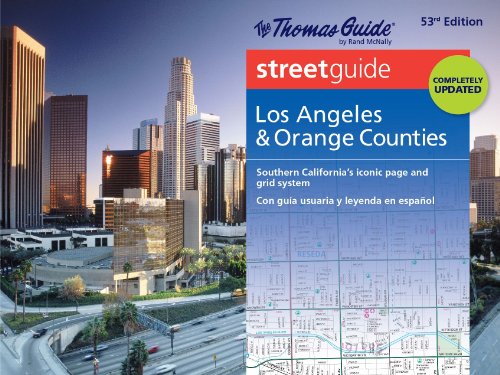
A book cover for Thomas Guide: Los Angeles & Orange Counties (Thomas Guide Atlas Los Angeles and Orange County); Rand McNally; Reference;